Account of plague administration in the Bombay Presidency from September 1896 till May 1897
Year: 1896
Disease focus: Plague
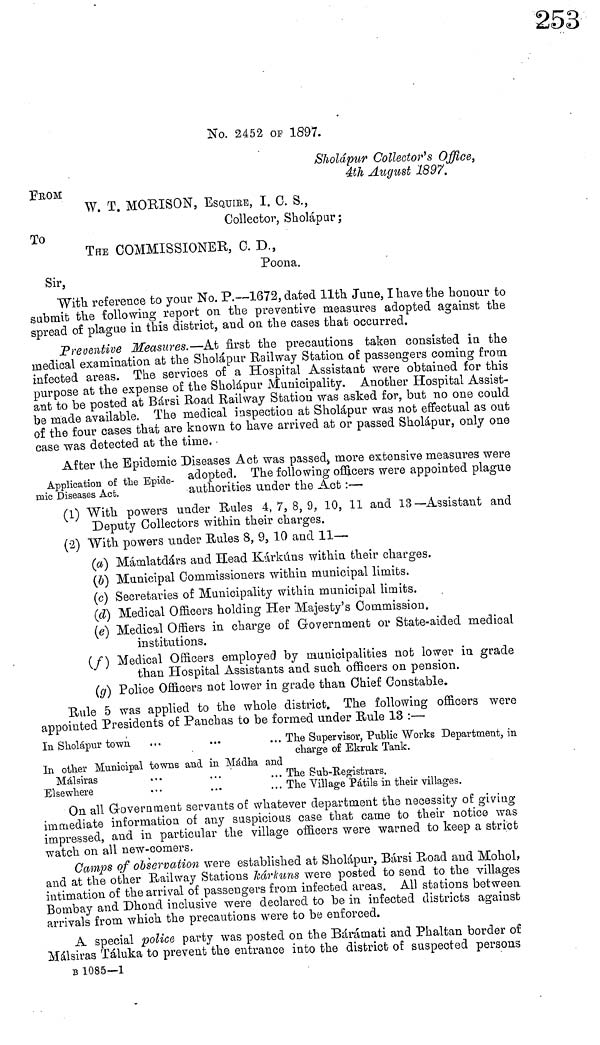
No. 2452 OF 1897.
Sholápur Collector's Office,
4th August 1897.
FROM
W. T. MORISON, ESQUIEB, I. C. S.,
Collector, Sholápar;
To
THE COMMISSIONER, C. D.,
Poona.
Sir,
"With reference to your No. P.—1672, dated 11th June, I have the honour to
submit the following report on the preventive measures adopted against the
spread of plague in this district, and on the cases that occurred.
Preventive Measures.—At first the precautions taken consisted in the
medical examination at the Sholápur Railway Station of passengers coming from
infected areas. The services of a Hospital Assistant were obtained for this
purpose at the expense of the Sholápur Municipality. Another Hospital Assist-
ant to be posted at Bársi Road Railway Station was asked for, but no one could
be made available. The medical inspection at Sholápur was not effectual as out
of the four cases that are known to have arrived at or passed Sholápur, only one
case was detected at the time.
Application of the Epide-
mic Diseases Act.
After the Epidemic Diseases Act was passed, more extensive measures were
adopted. The following officers were appointed plague
authorities under the Act :—
(1) With powers under Rules 4, 7, 8, 9, 10, 11 and 13—Assistant and
Deputy Collectors within their charges.
(2) "With powers under Rules 8, 9, 10 and 11—
(a) Mámlatdárs and Head Kárkáns within their charges.
(b) Municipal Commissioners within municipal limits.
(c) Secretaries of Municipality within municipal limits.
(d) Medical Officers holding Her Majesty's Commission.
(e) Medical Offiers in charge of Government or State-aided medical
institutions.
(f) Medical Officers employed by municipalities not lower in grade
than Hospital Assistants and such officers on pension.
(g) Police Officers not lower in grade than Chief Constable.
Rule 5 was applied to the whole district. The following officers were
appointed Presidents of Panchas to be formed under Rule 13 :—
In Sholápur town
...
...
... The Supervisor, Public "Works Department, in
charge of Ekruk Tank.
In other Municipal towns and in Mádha and
Málsiras
...
...
...
The Sub-Registrars.
Elsewhere
...
...
... The Village Pátils in their villages.
On all Government servants of whatever department the necessity of giving
immediate information of any suspicious case that came to their notice was
impressed, and in particular the village officers were warned to keep a strict
watch on all new-comers.
Camps of observation were established at Sholápur, Bársi Road and Mohol,
and at the other Railway Stations kárkuns were posted to send to the villages
intimation of the arrival of passengers from infected areas. All stations between
Bombay and Dhond inclusive were declared to be in infected districts against
arrivals from which the precautions were to be enforced.
A special police party was posted on the Bárámati and Phaltan border of
Málsiras Táluka to prevent the entrance into the district of suspected persons
B 1085—1